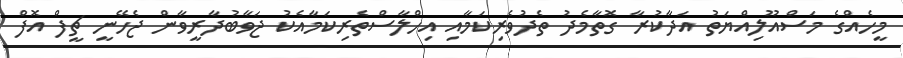
މީހެއްގެ މަސްއޫލިއްޔަތު އަދާކުރާ ގޮތާމެދު ތެދުވެރިކަމާއި އިހްލާސްތެރިކަމާއެކު ޖަވާބުދާރީވާން ޖެހޭނީ ޗީފް އޮފް